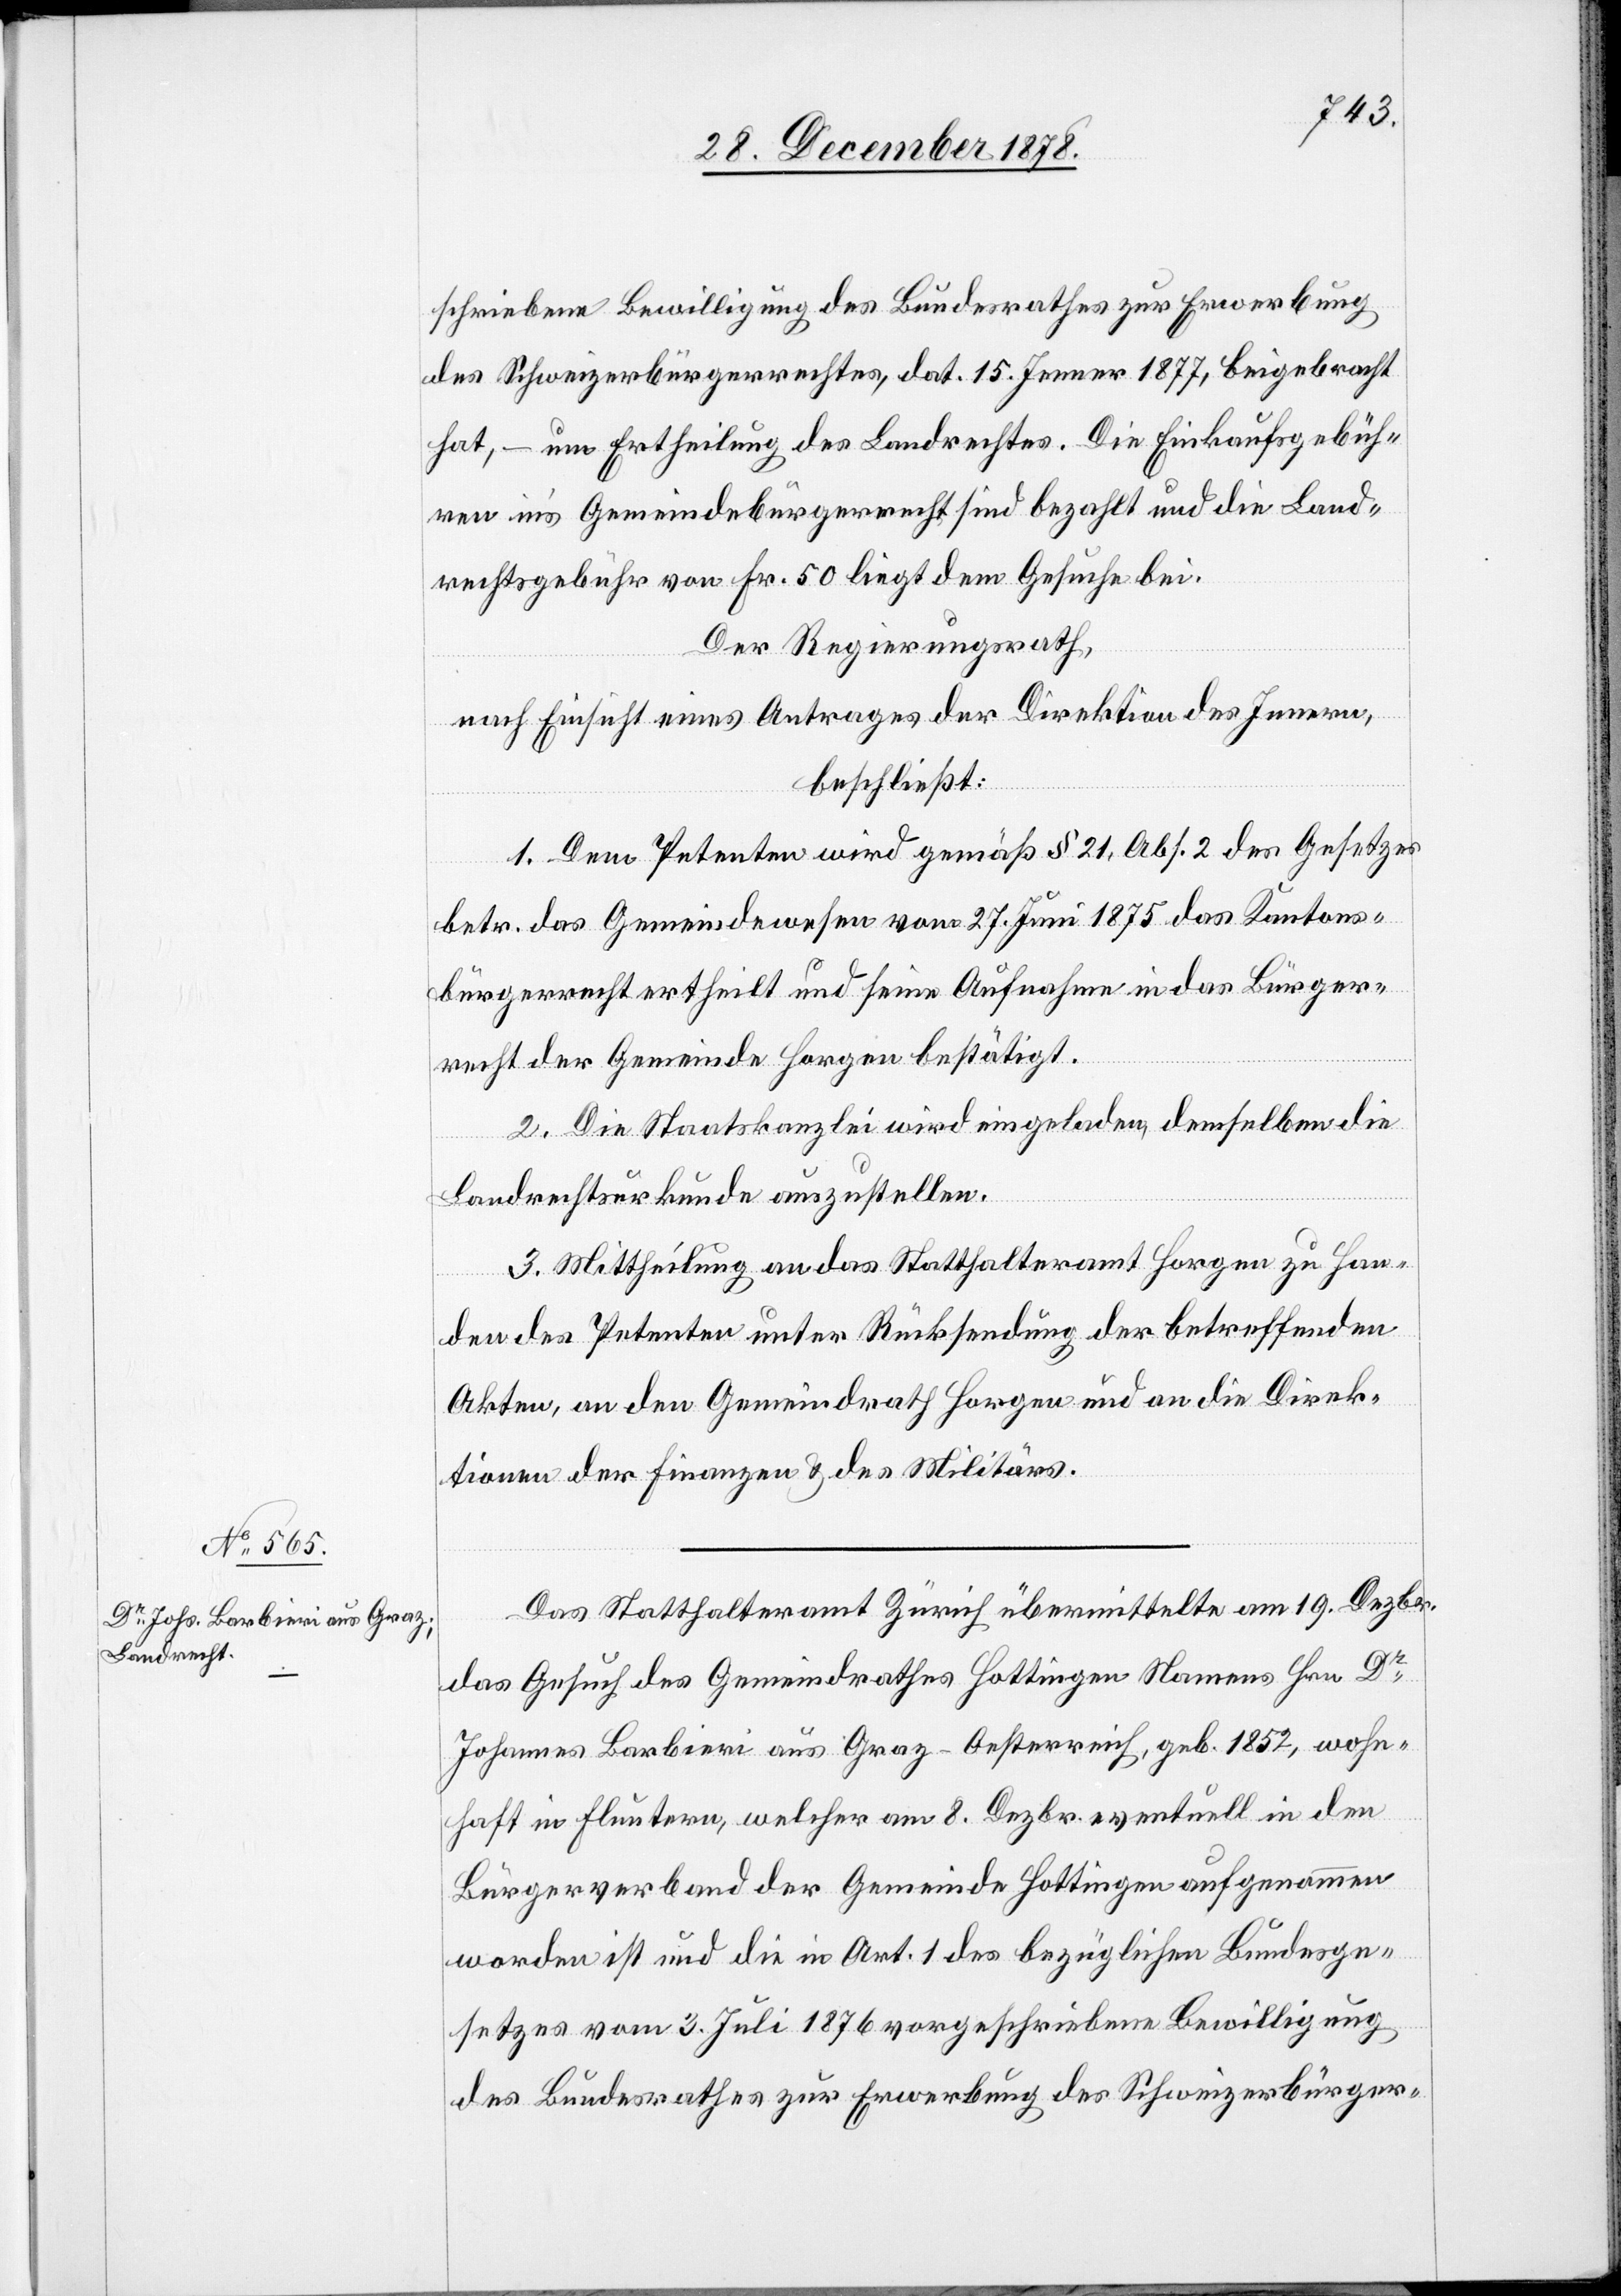
schriebene Bewilligung des Bundesrathes zur Erwerbung
des Schweizerbürgerrechtes, dat. 15. Jenner 1877, beigebracht
hat, – um Ertheilung des Landrechtes. Die Einkaufsgebüh¬
ren in’s Gemeindebürgerrecht sind bezahlt und die Land¬
rechtsgebühr von Fr. 50 liegt dem Gesuche bei.
Der Regierungsrath,
nach Einsicht eines Antrages der Direktion des Innern,
beschließt:
1. Dem Petenten wird gemäß § 21, Abs. 2 des Gesetzes
betr. das Gemeindewesen vom 27. Juni 1875 das Kantons¬
bürgerrecht ertheilt und seine Aufnahme in das Bürger¬
recht der Gemeinde Horgen bestätigt.
2. Die Staatskanzlei wird eingeladen, demselben die
Landrechtsurkunde auszustellen.
3. Mittheilung an das Statthalteramt Horgen zu Han¬
den des Petenten unter Rücksendung der betreffenden
Akten, an den Gemeindrath Horgen und an die Direk¬
tionen der Finanzen & des Militärs.
Das Statthalteramt Zürich übermittelte am 19. Dezbr.
das Gesuch des Gemeindrathes Hottingen Namens Hrn. Dr
Johannes Barbieri aus Graz - Oesterreich, geb. 1852, wohn¬
haft in Fluntern, welcher am 8. Dezbr. eventuell in den
Bürgerverband der Gemeinde Hottigen aufgenommen
worden ist und die in Art. 1 des bezüglichen Bundesge¬
setzes vom 3. Juli 1876 vorgeschriebene Bewilligung
des Bundesrathes zur Erwerbung des Schweizerbürger-